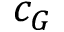
c _ { G }